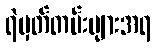
ရဲမှတ်တမ်းများအရ